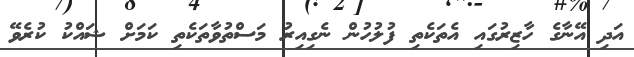
އަދި އޭނާގެ ހާޒިރުގައި އެތަކެތި ފުލުހުން ނެގިއިރު މަސްތުވާތަކެތި ކަމަށް ޝައްކު ކުރެވޭ